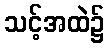
သင့်အထဲ၌